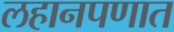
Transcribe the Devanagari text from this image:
लहानपणात